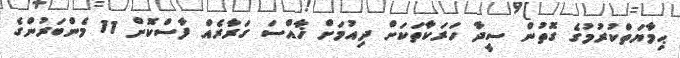
ޙިމާޔަތްކުރުމުގެ ގޮތުން ސީދާ ހަރަކާތަކަށް ދިއުމަށް ޚާއްސަ ގަރާރެއް ފާސްކޮށް 11 މެންބަރުންގެ